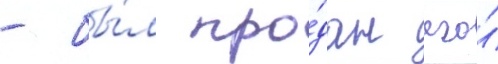
- бы́л про́дан его́